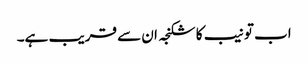
اب تو نیب کا شکنجہ ان سے قریب ہے۔